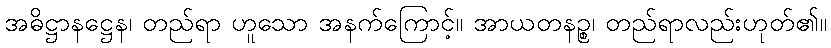
အဓိဋ္ဌာနဋ္ဌေန၊ တည်ရာ ဟူသော အနက်ကြောင့်။ အာယတနဉ္စ၊ တည်ရာလည်းဟုတ်၏။